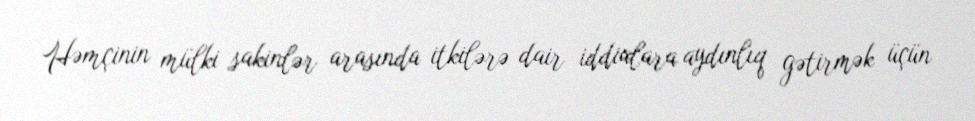
Həmçinin mülki sakinlər arasında itkilərə dair iddialara aydınlıq gətirmək üçün